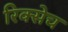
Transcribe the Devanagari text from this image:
रिक्सेच